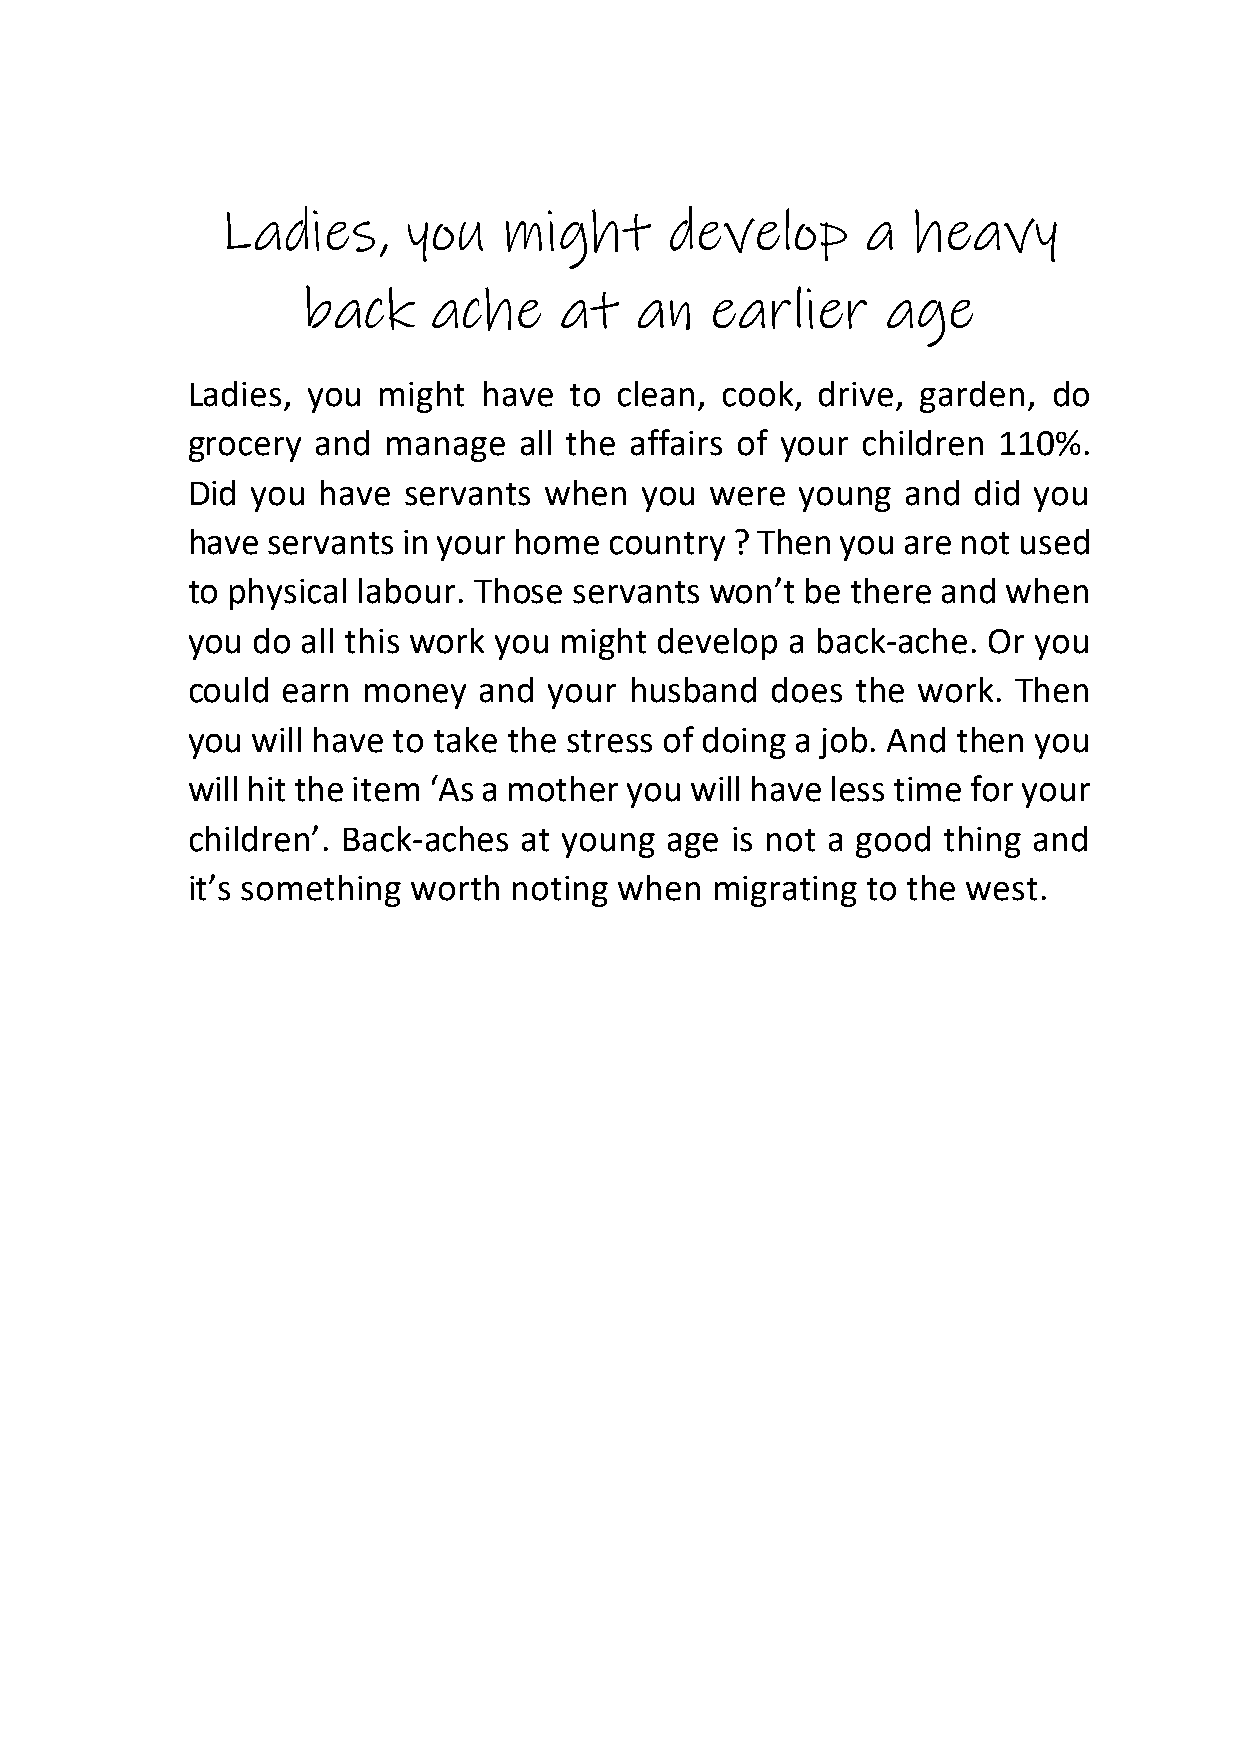
Ladies,     you   might      develop      a  heavy
 back    ache     at   an   earlier     age
 Ladies, you  might  have  to clean, cook, drive, garden,  do
 grocery  and manage   all the affairs of your children 110%.
 Did  you have  servants when  you  were  young  and did you
 have  servants in your home country ? Then  you are not used
 to physical labour. Those servants won’t be there and  when
 you  do all this work you might develop a back-ache. Or you
 could  earn money   and your  husband  does  the work. Then
 you  will have to take the stress of doing a job. And then you
 will hit the item ‘As a mother you will have less time for your
 children’. Back-aches at young  age is not a good thing and
 it’s something worth  noting when  migrating to the west.